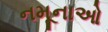
નમૂનાઓ